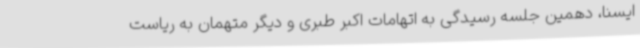
ایسنا، دهمین جلسه رسیدگی به اتهامات اکبر طبری و دیگر متهمان به ریاست